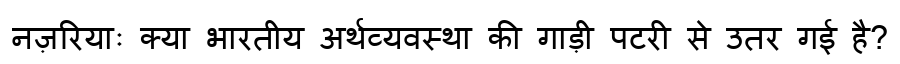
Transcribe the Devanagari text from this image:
नज़रियाः क्या भारतीय अर्थव्यवस्था की गाड़ी पटरी से उतर गई है?